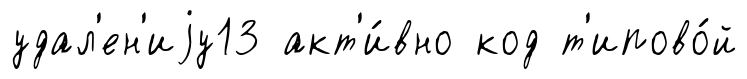
удал'ен'иjу13 акт'и́вно код т'ипово́й